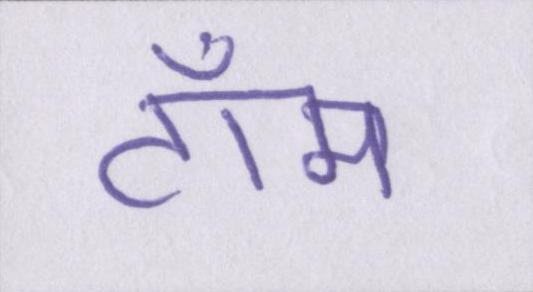
टॉम